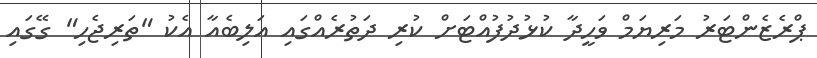
ޕްރެޒެންޓަރު މަރިޔަމް ވަހީދާ ކުޅުދުފުއްޓަށް ކުރި ދަތުރެއްގައި އަލިބެއާ އެކު "ތަރިޖެހި" ގޭގައި